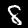
Digit: 8